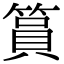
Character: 篔